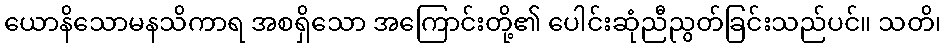
ယောနိသောမနသိကာရ အစရှိသော အကြောင်းတို့၏ ပေါင်းဆုံညီညွတ်ခြင်းသည်ပင်။ သတိ၊